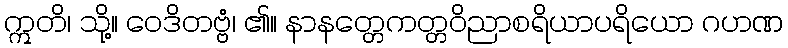
ဣတိ၊ သို့။ ဝေဒိတဗ္ဗံ၊ ၏။ နာနတ္တေကတ္တဝိညာစရိယာပရိယော ဂဟဏ